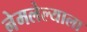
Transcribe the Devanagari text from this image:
नेमलेल्याला